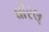
ઘોરલ